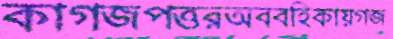
কাগজপত্তরঅববহিকায়গজ